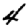
Digit: 4